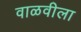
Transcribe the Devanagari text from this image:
वाळवीला